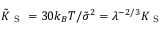
\tilde { K } _ { \mathrm { ~ S ~ } } = 3 0 k _ { B } T / \tilde { \sigma } ^ { 2 } = \lambda ^ { - 2 / 3 } K _ { \mathrm { ~ S ~ } }